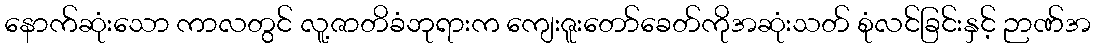
နောက်ဆုံးသော ကာလတွင် လူ့ဇာတိခံဘုရားက ကျေးဇူးတော်ခေတ်ကိုအဆုံးသတ် စုံလင်ခြင်းနှင့် ဉာဏ်အ